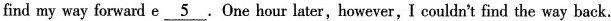
find my way forward e\underline{5}.One hour later,however, I couldn't find the way back.